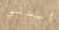
أسدني